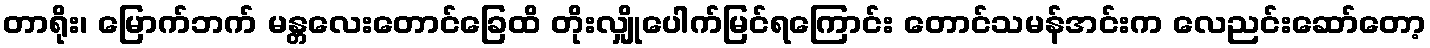
တာရိုး၊ မြောက်ဘက် မန္တလေးတောင်ခြေထိ တိုးလျှိုပေါက်မြင်ရကြောင်း တောင်သမန်အင်းက လေညင်းဆော်တော့